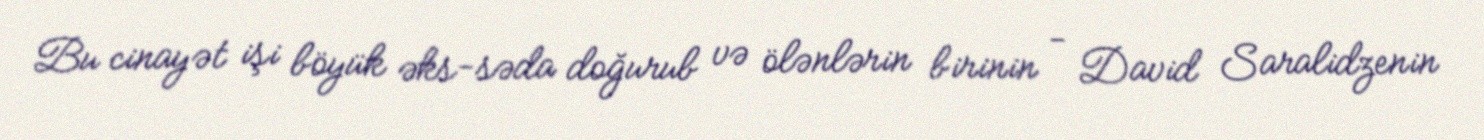
Bu cinayət işi böyük əks-səda doğurub və ölənlərin birinin - David Saralidzenin